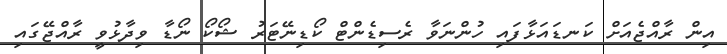
އިން ރާއްޖެއަށް ކަނޑައަޅާފައި ހުންނަވާ ރެސިޑެންޓް ކޯޑިނޭޓަރު ޝޯކޯ ނޯޑާ ވިދާޅުވީ ރާއްޖޭގައި